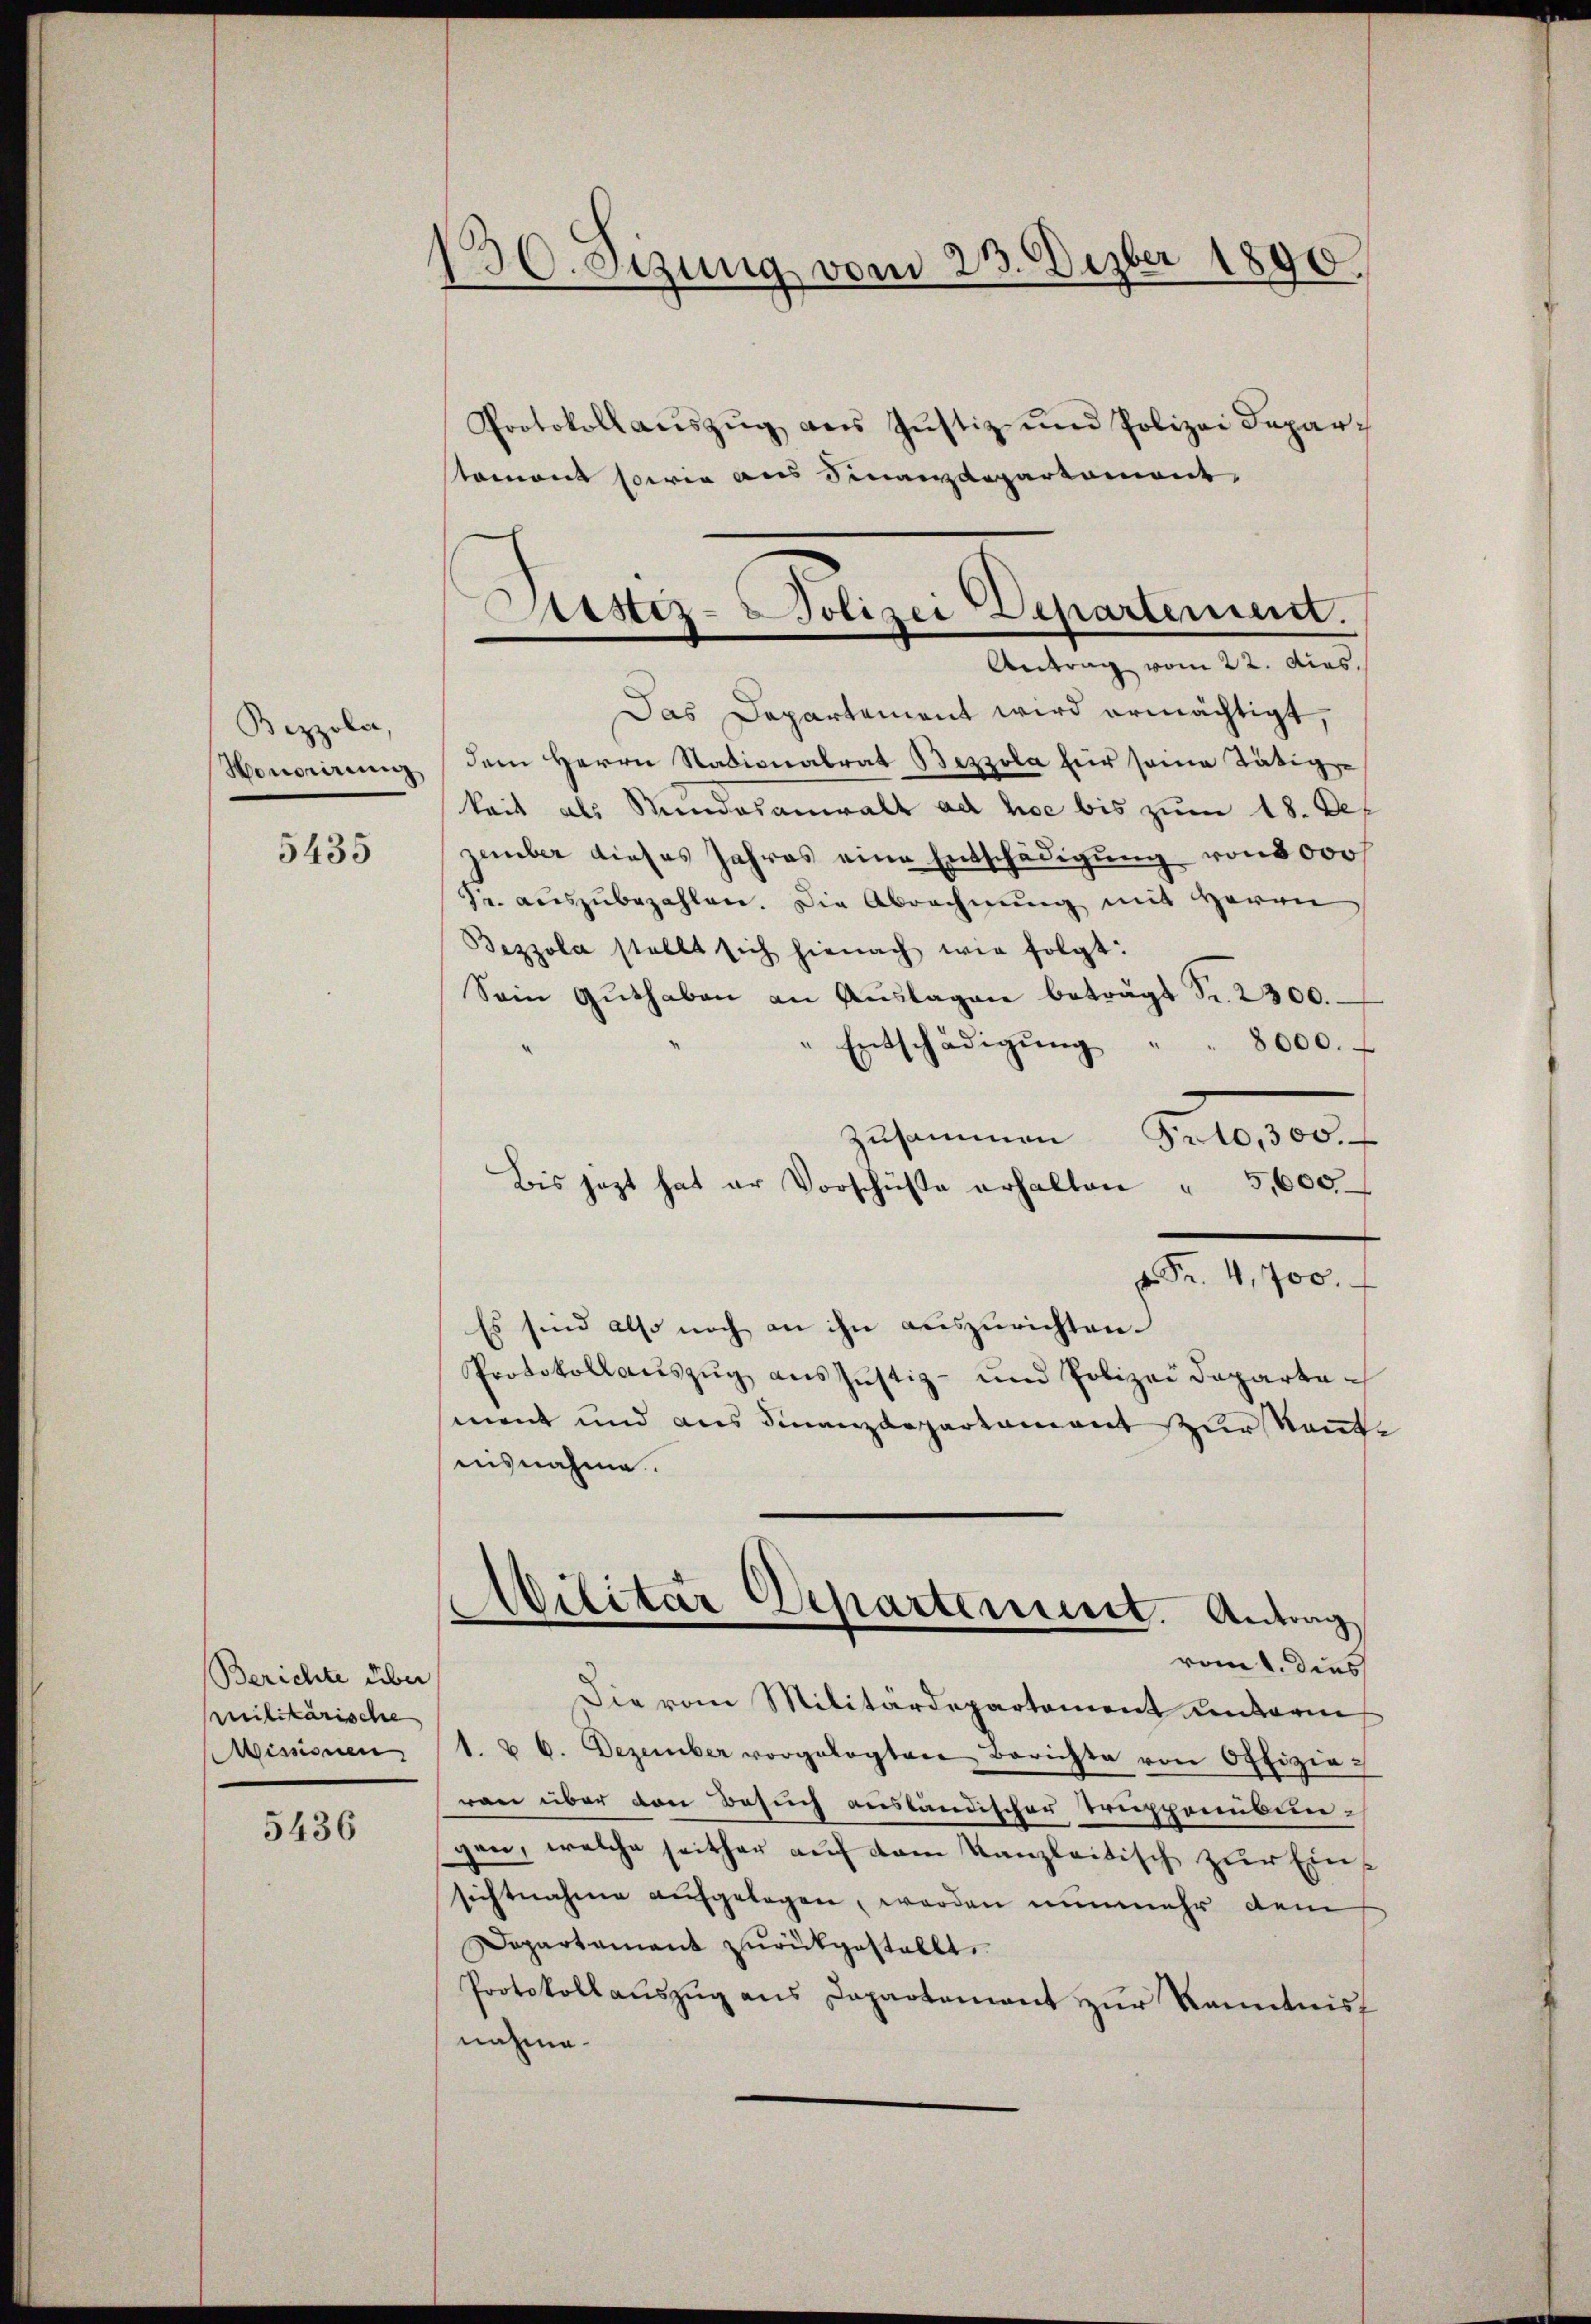
Bezzoler,
Honorirung

5435

Berichte über
Militärische
Missionen

5436

30. Sizung vom 23. Dezbr 1890.

Protokoll aŭszŭg aŭs Jŭstiz- und Polizei Depar-
stament sowie aus Finanzdepartemont,
Das Departement wird ermächtigt,
dem Herrn Stadionalrat Bezzola für seine Tätige
keit als Stundesanwalt ad hoc bis zum 18. Dep
zember dieses Jahres eine Entschädigung von 5000f
Fr. aŭszŭbezahlen. Die Abrechnŭng mit Herrn
Bezzola stellt sich hienach wie folgt:
Sein Guthaben an Auslagen beträgt Fr. 2300.
Entschädigung
8000.
zusammen
r10,300.
Bis jezt hat er Vorschüße erhalten " 5,600
p. Fr. 4,700.
Es sind also noch an ihn auszurichten.
Protokollaŭszŭg aŭszŭstiz- und Polizei Departament und aus Finanzdepartament zur Rente
nisnahme.
Wilitär Departement. Antrag
vom 1. dies
Die vom Militärdepartement Kentari
1. u 6. Dezember vorgelegten Berichte von Offizie-
ren über den Besuch ausländischer Truppenübungen, welche seither auf dem Kanzleitisch zur Einsichtnahme aufgelegen, werden nunmehr dem
Dapartament zurükgestellt,
Protokollaŭszŭg ans Departement zŭr Kenntnis
nahme.

Arstiz- & Polizei Departement.
Antrag vom 22. dias.